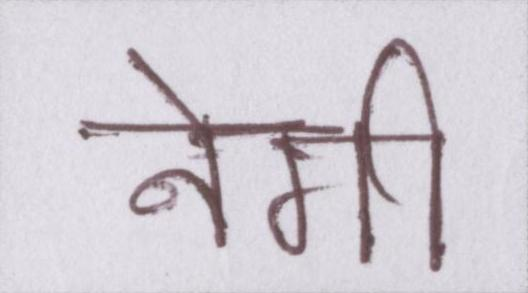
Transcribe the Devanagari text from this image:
नेगी